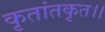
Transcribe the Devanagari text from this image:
कृतांतकृत।।